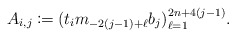
\begin{align*} A_{i,j}\coloneqq(t_im_{-2(j-1)+\ell}b_j)_{\ell=1}^{2n+4(j-1)}.\end{align*}